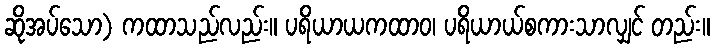
ဆိုအပ်သော) ကထာသည်လည်း။ ပရိယာယကထာဝ၊ ပရိယာယ်စကားသာလျှင် တည်း။